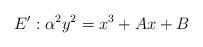
LaTeX: \begin{align*} E': \alpha^2 y^2 = x^3 + Ax + B\end{align*}